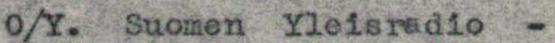
O/Y.  Suomen Yleisradio  -